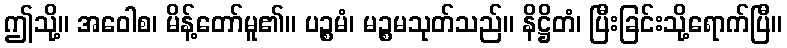
ဤသို့။ အဝေါစ၊ မိန့်တော်မူ၏။ ပဉ္စမံ၊ မဉ္စမသုတ်သည်။ နိဋ္ဌိတံ၊ ပြီးခြင်းသို့ရောက်ပြီ။